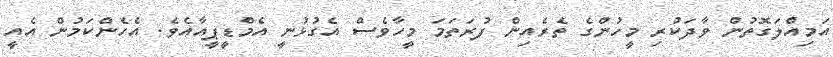
އަމިއްލަގޮތުން ވާދަކުރި މީހުންގެ ތެރެއިން ފުރަތަމަ މީހާވެސް އެގުޅުނީ އެމްޑީޕީއާއެވެ. އެހެންކަމުން އެއީ